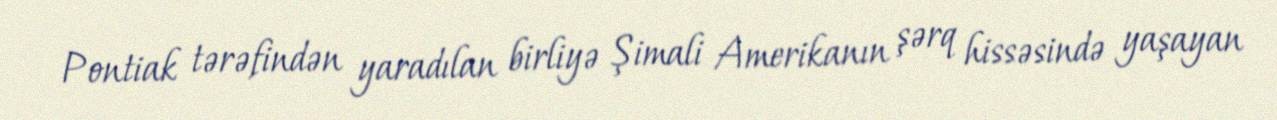
Pontiak tərəfindən yaradılan birliyə Şimali Amerikanın şərq hissəsində yaşayan